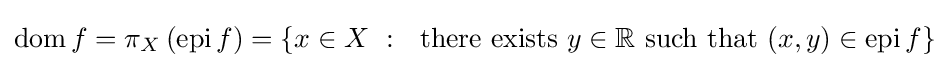
\operatorname {dom} f=\pi _{X}\left(\operatorname {epi} f\right)=\left\{x\in X~:~{\text{ there exists }}y\in \mathbb {R} {\text{ such that }}(x,y)\in \operatorname {epi} f\right\}